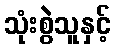
သုံးစွဲသူနှင့်